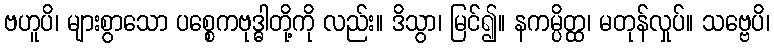
ဗဟူပိ၊ များစွာသော ပစ္စေကဗုဒ္ဓါတို့ကို လည်း။ ဒိသွာ၊ မြင်၍။ နကမ္ပိတ္ထ၊ မတုန်လှုပ်။ သဗ္ဗေပိ၊